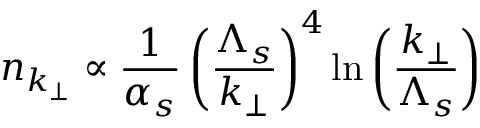
n _ { k _ { \perp } } \propto { \frac { 1 } { \alpha _ { s } } } \left( { \frac { \Lambda _ { s } } { k _ { \perp } } } \right) ^ { 4 } \ln \left( { \frac { k _ { \perp } } { \Lambda _ { s } } } \right)